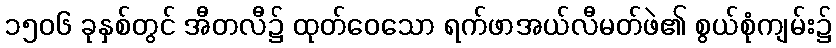
၁၅၀၆ ခုနှစ်တွင် အီတလီ၌ ထုတ်ဝေသော ရက်ဖာအယ်လီမတ်ဖဲ၏ စွယ်စုံကျမ်း၌